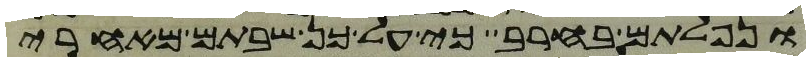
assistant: ונפלתם בחרב כי על כן שבתם מאחרי